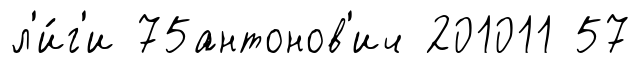
л'и́г'и 75антонов'ич 201011 57